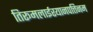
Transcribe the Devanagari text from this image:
तिरूमलाईरयानपत्तिनम